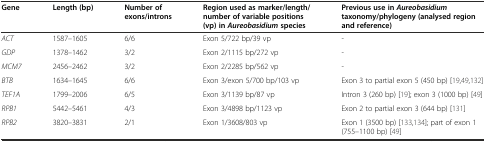
<table><thead><tr><td><b>Gene</b></td><td><b>Length (bp)</b></td><td><b>Number of exons/introns</b></td><td><b>Region used as marker/length/number of variable positions (vp) in<i>Aureobasidium</i>species</b></td><td><b>Previous use in<i>Aureobasidium</i>taxonomy/phylogeny (analysed region and reference)</b></td></tr></thead><tbody><tr><td><i>ACT</i></td><td>1587–1605</td><td>6/6</td><td>Exon 5/722 bp/39 vp</td><td>-</td></tr><tr><td><i>GDP</i></td><td>1378–1462</td><td>3/2</td><td>Exon 2/1115 bp/272 vp</td><td>-</td></tr><tr><td><i>MCM7</i></td><td>2456–2462</td><td>3/2</td><td>Exon 2/2285 bp/562 vp</td><td>-</td></tr><tr><td><i>BTB</i></td><td>1634–1645</td><td>6/6</td><td>Exon 3/exon 5/700 bp/103 vp</td><td>Exon 3 to partial exon 5 (450 bp) [19, 49, 132]</td></tr><tr><td><i>TEF1A</i></td><td>1799–2006</td><td>6/5</td><td>Exon 3/1139 bp/87 vp</td><td>Intron 3 (260 bp) [19]; exon 3 (1000 bp) [49]</td></tr><tr><td><i>RPB1</i></td><td>5442–5461</td><td>4/3</td><td>Exon 3/4898 bp/1123 vp</td><td>Exon 2 to partial exon 3 (644 bp) [131]</td></tr><tr><td><i>RPB2</i></td><td>3820–3831</td><td>2/1</td><td>Exon 1/3608/803 vp</td><td>Exon 1 (3500 bp) [133, 134]; part of exon 1 (755–1100 bp) [49]</td></tr></tbody></table>